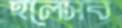
হলেসব